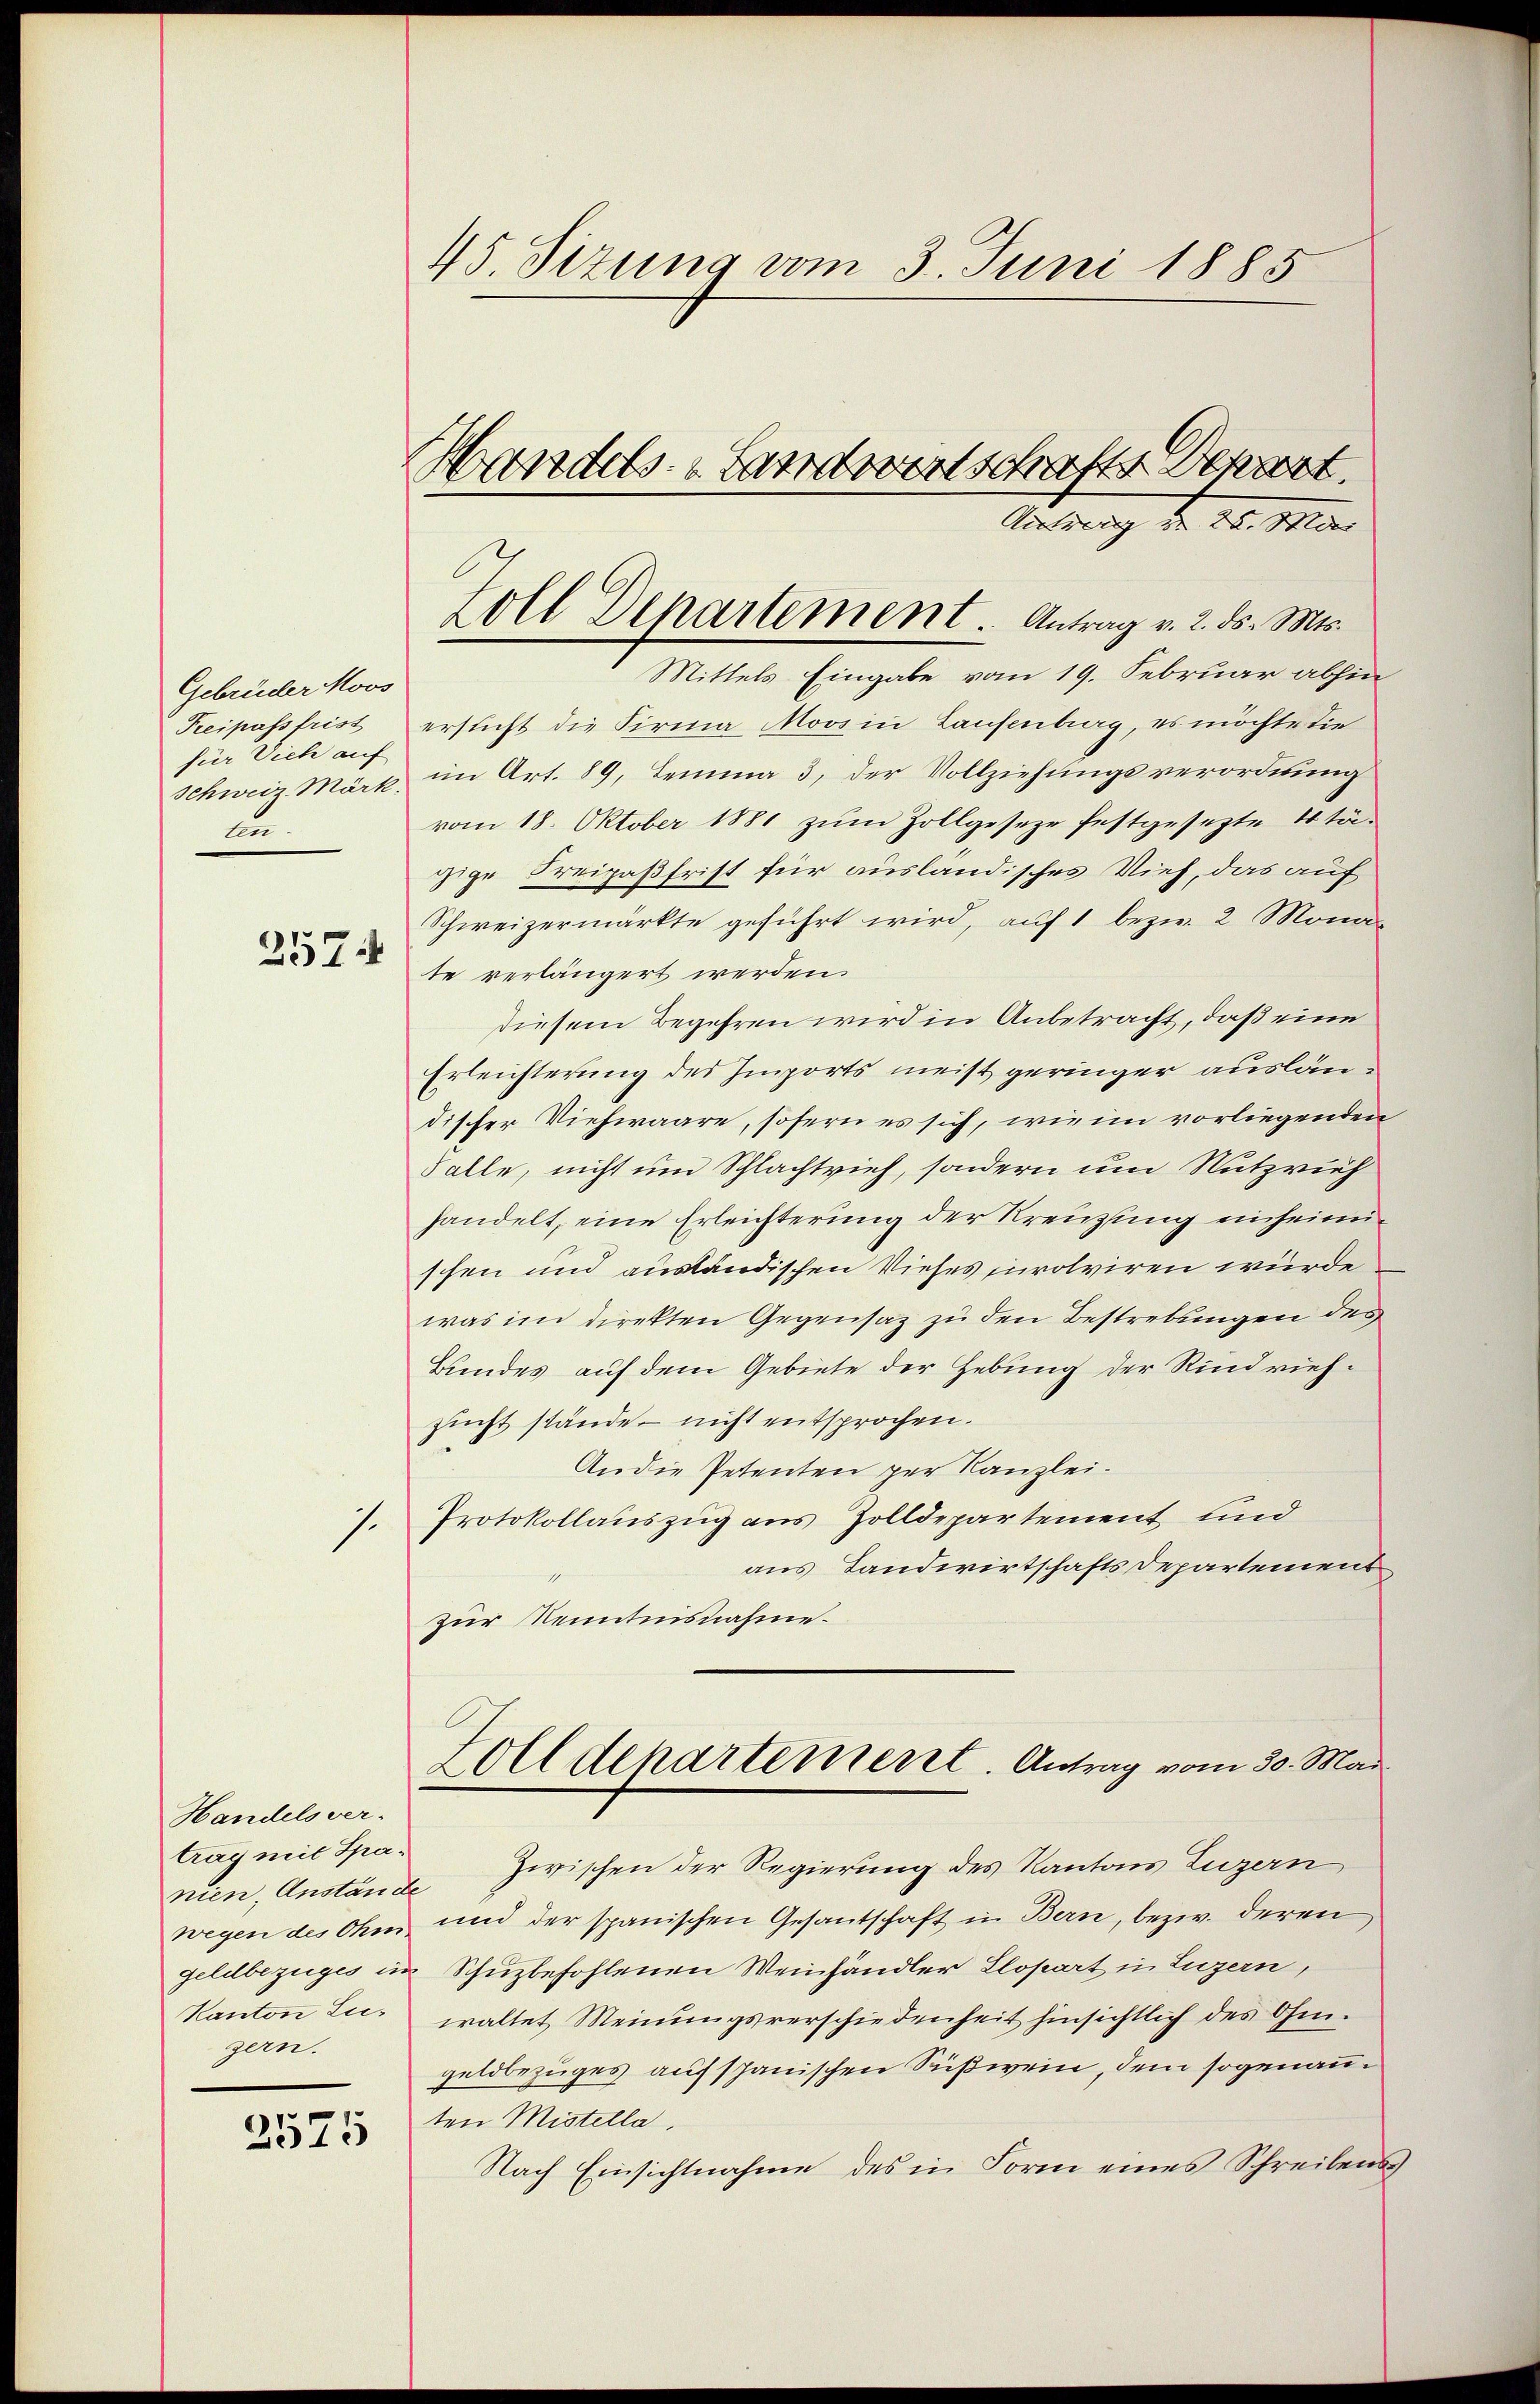
Gebrüder Moos
Freipassfrist
für Vieh auf
Schweiz Märk.
an.
2574

Handelsver-
trag mit Spanien, Anstände
wegen des Ohm.
Kanton Lugern.

2575

.

45. Sizung vom 3. Juni 1885
Handels- & Landwirtschafts Depart.

Vonsrang der Dr. Mar
Zoll Departement. Antrag v. 2. ds. Mts.
Mittels Eingabe vom 19. Februar abhin

ersicht die Firma Moos in Laufenberg, es möchte die
im Art. 89, Lemma 3, der Vollziehungsverordnung
vom 18. Oktober 1881 zŭm Zollgeseze festgesetzte 4 tä-
gige Freipaßfrist für ausländisches Vieh, das auf
Schweizermärkte geführt wird, auf 1 bezw. 2 Monate verlängert werden.
diesem Begehren wird in Anbetracht, daß eine
Erleichterung des Imports meist geringer ausländischer Viehwaare, sofern es sich, wie im vorliegenden
Falle, nicht um Schlachtvieh, sondern um Nutzrief
handelt, eine Erleichterung der Kreuzung einheimischen und ausländischen Viehes jurolviren würde.
was im direkten Gegensatz zu den Bestrebungen des
Bundes auf dem Gebiete der Hebung der Rindviehzucht stände – nicht entsprochen.
An die Petenten per Kanzlei.
Protokollauszug aus Zolldepartement und
aus Landwirtschaftsdepartement
zur Kenntnisnahme.
Zoll Departement. Antrag vom 30. Mai
Zwischen der Regierung des Kantons Luzern
und der spanischen Gesantschaft in Bern, bezw. deren
Geldbezuges in Schuzbefohlenen Weinhändler Llopart in Luzern,
waltet Meinungsverschiedenheit hinsichtlich des Ohen.
geldbezuges aufspanischen Süßwein, dem sogenannten Mistella.
Nach Einsichtnahme des in Form eines Schreibens